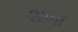
શબા